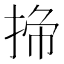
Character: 𭡁